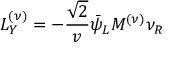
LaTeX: { \cal L } _ { Y } ^ { ( \nu ) } = - \frac { \sqrt { 2 } } { v } \bar { \psi } _ { L } M ^ { ( \nu ) } \nu _ { R }